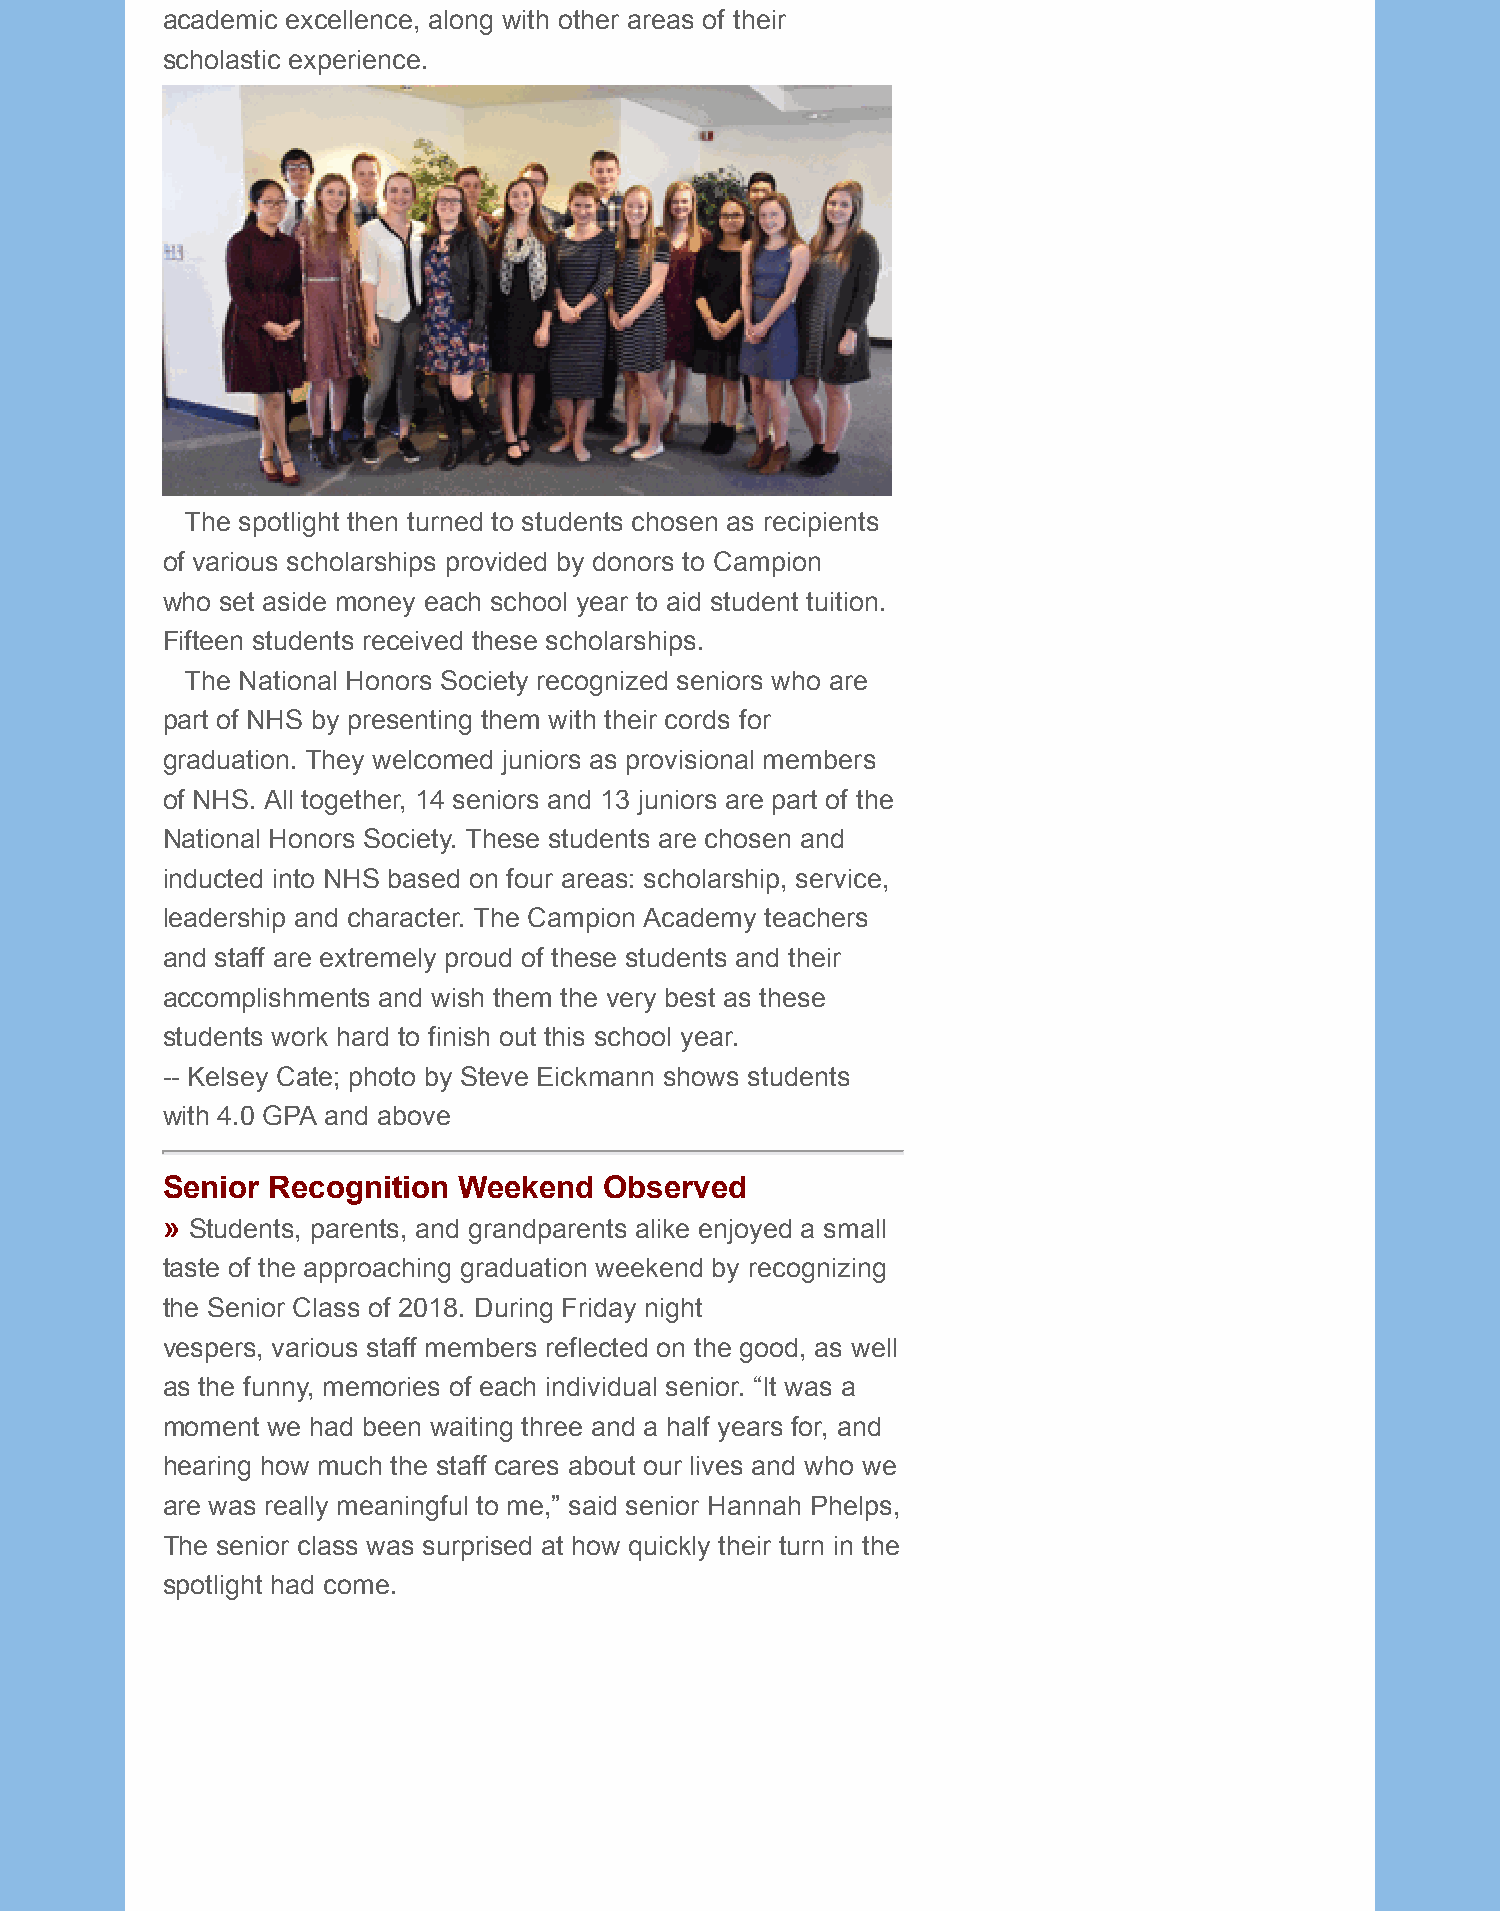
academic excellence, along with other areas of their
 scholastic experience.
 The spotlight then turned to students chosen as recipients
 of various scholarships provided by donors to Campion
 who set aside money each school year to aid student tuition.
 Fifteen students received these scholarships.
 The National Honors Society recognized seniors who are
 part of NHS by presenting them with their cords for
 graduation. They welcomed juniors as provisional members
 of NHS. All together, 14 seniors and 13 juniors are part of the
 National Honors Society. These students are chosen and
 inducted into NHS based on four areas: scholarship, service,
 leadership and character. The Campion Academy teachers
 and staff are extremely proud of these students and their
 accomplishments and wish them the very best as these
 students work hard to finish out this school year.
 -- Kelsey Cate; photo by Steve Eickmann shows students
 with 4.0 GPA and above
 Senior Recognition Weekend   Observed
 » Students, parents, and grandparents alike enjoyed a small
 taste of the approaching graduation weekend by recognizing
 the Senior Class of 2018. During Friday night
 vespers, various staff members reflected on the good, as well
 as the funny, memories of each individual senior. “It was a
 moment we had been waiting three and a half years for, and
 hearing how much the staff cares about our lives and who we
 are was really meaningful to me,” said senior Hannah Phelps,
 The senior class was surprised at how quickly their turn in the
 spotlight had come.